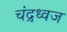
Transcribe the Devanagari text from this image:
चंद्रध्वज